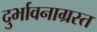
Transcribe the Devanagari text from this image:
दुर्भावनाग्रस्त